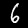
Digit: 6